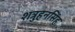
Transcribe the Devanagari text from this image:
शत्रुहनसिंह